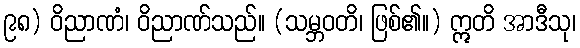
၉၈) ဝိညာဏံ၊ ဝိညာဏ်သည်။ (သမ္ဘဝတိ၊ ဖြစ်၏။) ဣတိ အာဒီသု၊